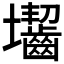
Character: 𡔐